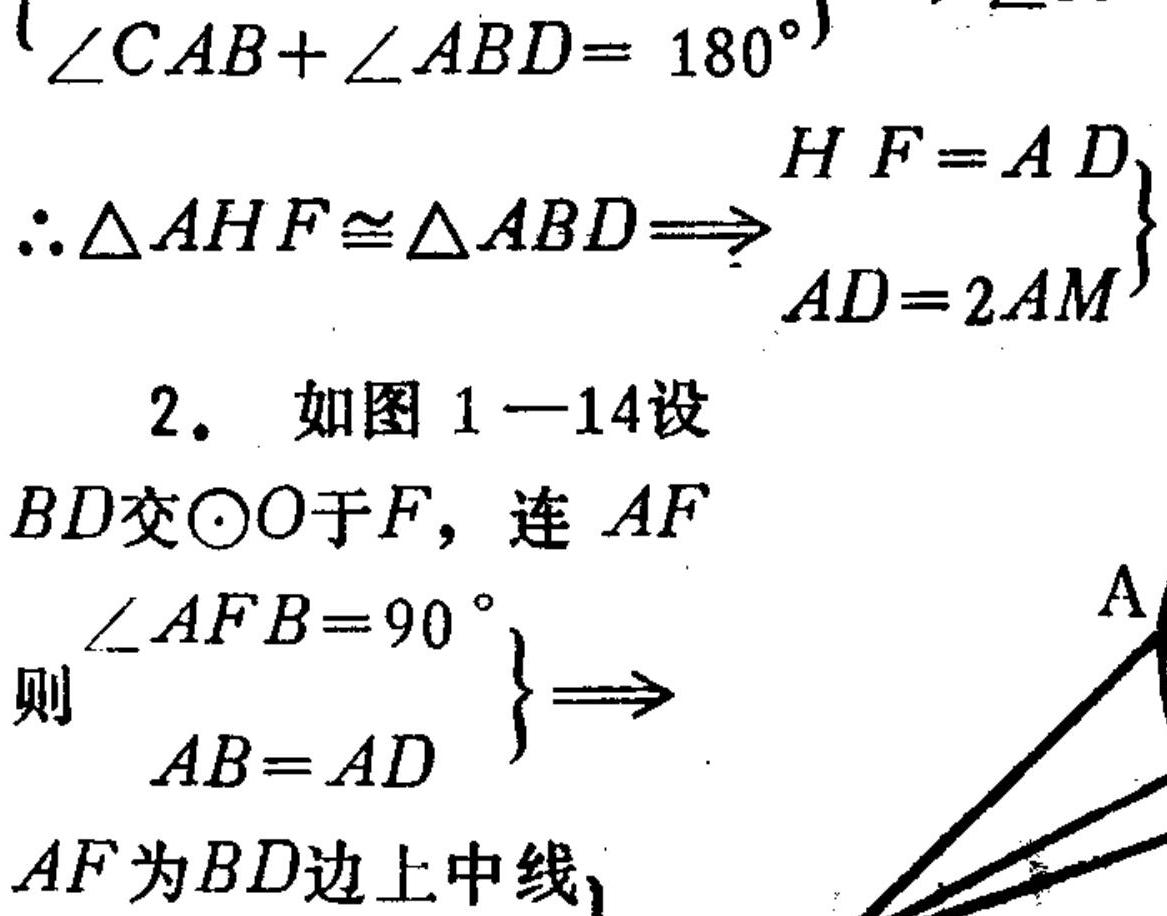
\(\left.\angle CAB+\angle ABD = 180^{\circ}\right\}\)
\(\therefore\triangle AHF\cong\triangle ABD\Rightarrow\left.\begin{align}HF = AD\\AD = 2AM\end{align}\right\}\)
2. 如图1 - 14设
\(BD\)交\(\odot O\)于\(F\)，连\(AF\)
\(\left.\begin{align}\angle AFB = 90^{\circ}\\AB = AD\end{align}\right\}\Rightarrow\)
\(AF\)为\(BD\)边上中线，